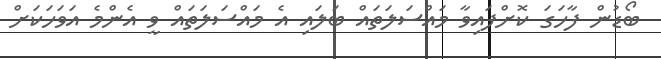
ބޯޑުން ފާހަގަ ކޮށްފައިވާ މައްސަލަތައް ބަލައި އެ މައްސަލަތައް ވީ އެންމެ އަވަހަކަށް